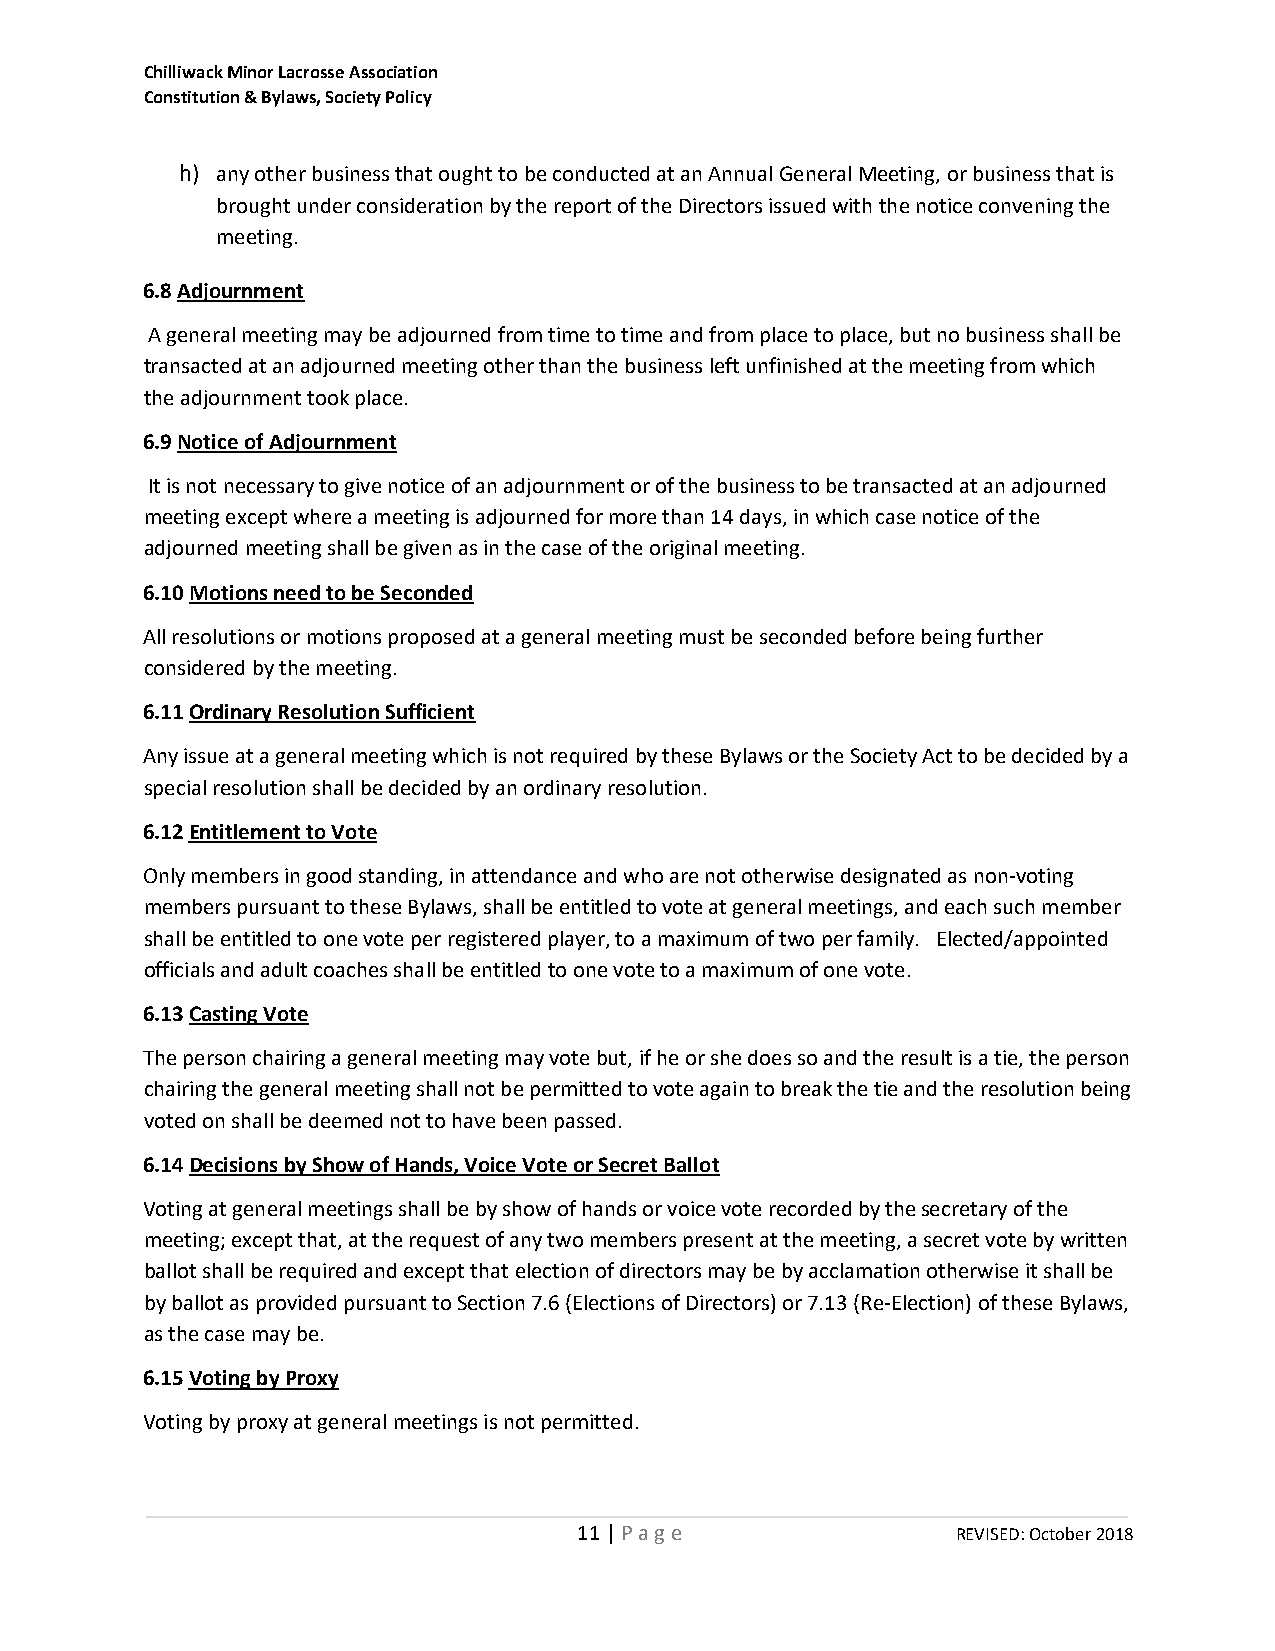
Chilliwack Minor Lacrosse Association
 Constitution & Bylaws, Society Policy
 h) any other business that ought to be conducted at an Annual General Meeting, or business that is
 brought under consideration by the report of the Directors issued with the notice convening the
 meeting.
 6.8 Adjournment
 A general meeting may be adjourned from time to time and from place to place, but no business shall be
 transacted at an adjourned meeting other than the business left unfinished at the meeting from which
 the adjournment took place.
 6.9 Notice of Adjournment
 It is not necessary to give notice of an adjournment or of the business to be transacted at an adjourned
 meeting except where a meeting is adjourned for more than 14 days, in which case notice of the
 adjourned meeting shall be given as in the case of the original meeting.
 6.10 Motions need to be Seconded
 All resolutions or motions proposed at a general meeting must be seconded before being further
 considered by the meeting.
 6.11 Ordinary Resolution Sufficient
 Any issue at a general meeting which is not required by these Bylaws or the Society Act to be decided by a
 special resolution shall be decided by an ordinary resolution.
 6.12 Entitlement to Vote
 Only members in good standing, in attendance and who are not otherwise designated as non‐voting
 members pursuant to these Bylaws, shall be entitled to vote at general meetings, and each such member
 shall be entitled to one vote per registered player, to a maximum of two per family. Elected/appointed
 officials and adult coaches shall be entitled to one vote to a maximum of one vote.
 6.13 Casting Vote
 The person chairing a general meeting may vote but, if he or she does so and the result is a tie, the person
 chairing the general meeting shall not be permitted to vote again to break the tie and the resolution being
 voted on shall be deemed not to have been passed.
 6.14 Decisions by Show of Hands, Voice Vote or Secret Ballot
 Voting at general meetings shall be by show of hands or voice vote recorded by the secretary of the
 meeting; except that, at the request of any two members present at the meeting, a secret vote by written
 ballot shall be required and except that election of directors may be by acclamation otherwise it shall be
 by ballot as provided pursuant to Section 7.6 (Elections of Directors) or 7.13 (Re-Election) of these Bylaws,
 as the case may be.
 6.15 Voting by Proxy
 Voting by proxy at general meetings is not permitted.
 11 | P a g e             REVISED: October 2018